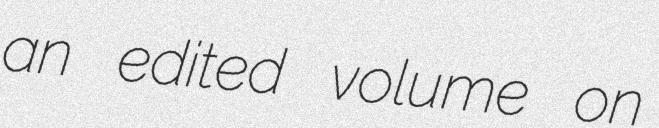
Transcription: an edited volume on